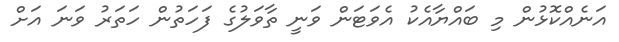
އަނެއްކޮޅުން މި ބައްޔާއެކު އެވަޓަން ވަނީ ތާވަލުގެ ފަހަތުން ހަތަރު ވަނަ އަށް